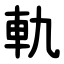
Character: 軌